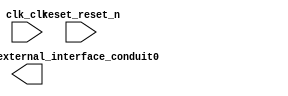

module avalon_timer_32b_qsys (
	avalon_timer_32b_external_interface_conduit0,
	clk_clk,
	reset_reset_n);	

	output		avalon_timer_32b_external_interface_conduit0;
	input		clk_clk;
	input		reset_reset_n;
endmodule